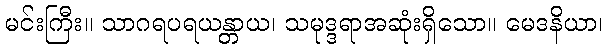
မင်းကြီး။ သာဂရပရယန္တာယ၊ သမုဒ္ဒရာအဆုံးရှိသော။ မေဒနိယာ၊